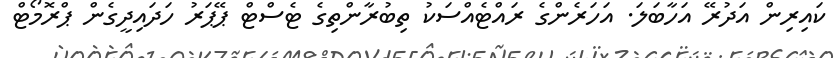
ކައިރިން އަދުރޭ އަހާބަލަ. އަހަރެންގެ ރައްޓެއްސަކު ތިބުރާންތިގެ ޓެސްޓް ޕޭޕަރު ހަދައިދީގެން ޕްރޮމޯޓް